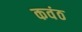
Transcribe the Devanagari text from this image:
कवंठ